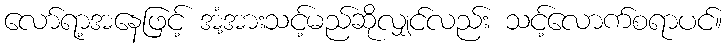
လော်ရာ့အနေဖြင့် အံ့အားသင့်မည်ဆိုလျှင်လည်း သင့်လောက်စရာပင်။